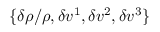
\{ \delta \rho / \rho , \delta v ^ { 1 } , \delta v ^ { 2 } , \delta v ^ { 3 } \}